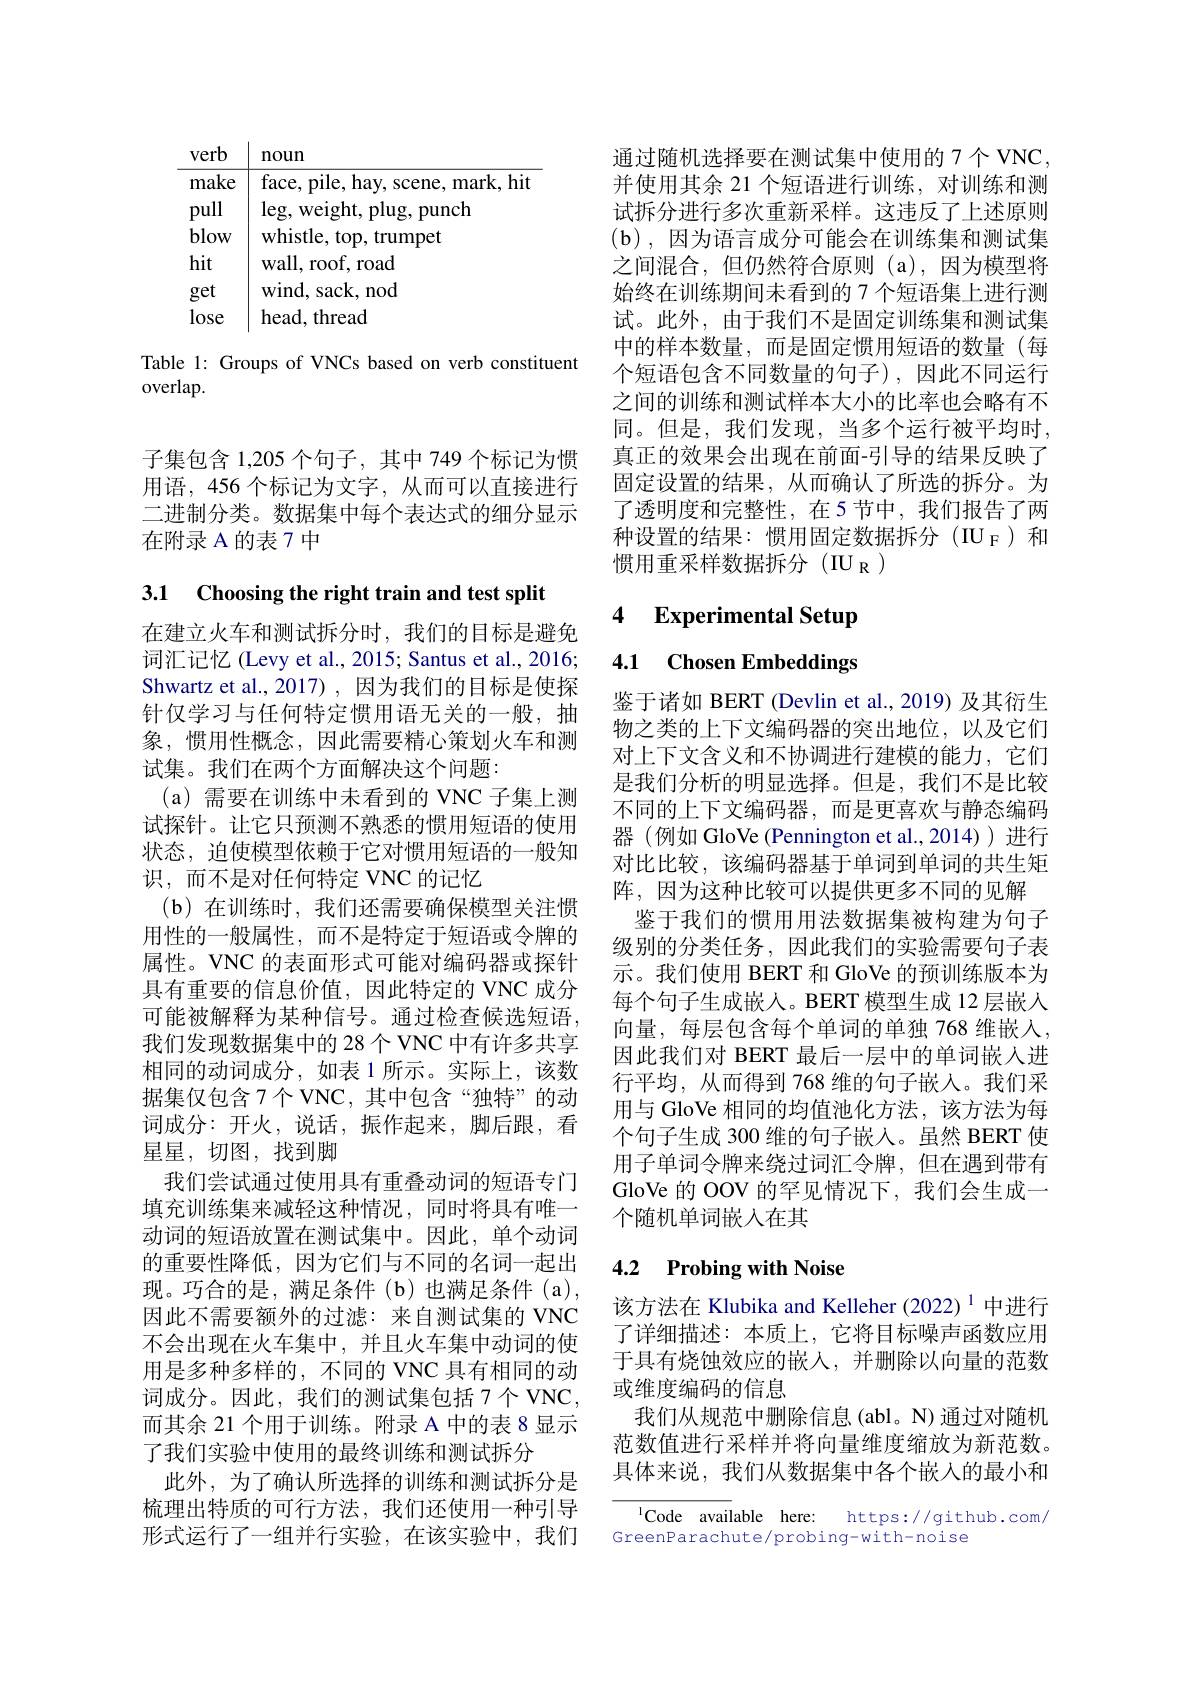
<table>
	<tbody>
		<tr>
			<th>verb</th>
			<th>noun</th>
		</tr>
		<tr>
			<td>make</td>
			<td>face, pile, hay, scene, mark, hit</td>
		</tr>
		<tr>
			<td>pull</td>
			<td>$\log$,weight, plug, punch</td>
		</tr>
		<tr>
			<td>blow</td>
			<td>whistle, top, trumpet</td>
		</tr>
		<tr>
			<td>hit</td>
			<td>wall, roof, road</td>
		</tr>
		<tr>
			<td>get</td>
			<td>${\mathrm{wind,~sack,~nod}}$</td>
		</tr>
		<tr>
			<td>lose</td>
			<td>head, thread</td>
		</tr>
	</tbody>
</table>

Table 1: Groups of VNCs based on verb constituent
overlap.

子集包含 1,205 个句子，其中 749 个标记为惯用语，456 个标记为文字，从而可以直接进行二进制分类。数据集中每个表达式的细分显示在附录 A 的表 7 中

3.1 Choosing the right train and test split

在建立火车和测试拆分时，我们的目标是避免词汇记忆 (Levy et al., 2015; Santus et al., 2016; Shwartz et al.,2017) , 因为我们的目标是使探针仅学习与任何特定惯用语无关的一般，抽象，惯用性概念，因此需要精心策划火车和测试集。我们在两个方面解决这个问题：
(a) 需要在训练中未看到的 VNC 子集上测试探针。让它只预测不熟悉的惯用短语的使用状态，迫使模型依赖于它对惯用短语的一般知识，而不是对任何特定 VNC 的记忆
(b)在训练时，我们还需要确保模型关注惯用性的一般属性，而不是特定于短语或令牌的属性。VNC 的表面形式可能对编码器或探针具有重要的信息价值，因此特定的 VNC 成分可能被解释为某种信号。通过检查候选短语， 我们发现数据集中的 28个 VNC 中有许多共享相同的动词成分，如表1所示。实际上，该数据集仅包含7个VNC，其中包含“独特”的动词成分：开火，说话，振作起来，脚后跟，看星星，切图，找到脚
我们尝试通过使用具有重叠动词的短语专门填充训练集来减轻这种情况，同时将具有唯一动词的短语放置在测试集中。因此，单个动词的重要性降低，因为它们与不同的名词一起出现。巧合的是，满足条件(b)也满足条件(a), 因此不需要额外的过滤：来自测试集的 VNC 不会出现在火车集中，并且火车集中动词的使用是多种多样的，不同的 VNC 具有相同的动词成分。因此，我们的测试集包括 7 个 VNC, 而其余 21 个用于训练。附录 A 中的表 8 显示了我们实验中使用的最终训练和测试拆分
此外，为了确认所选择的训练和测试拆分是梳理出特质的可行方法，我们还使用一种引导形式运行了一组并行实验，在该实验中，我们

通过随机选择要在测试集中使用的 7个 VNC, 并使用其余 21 个短语进行训练，对训练和测试拆分进行多次重新采样。这违反了上述原则(b),因为语言成分可能会在训练集和测试集之间混合，但仍然符合原则(a),因为模型将始终在训练期间未看到的 7 个短语集上进行测试。此外，由于我们不是固定训练集和测试集中的样本数量，而是固定惯用短语的数量(每个短语包含不同数量的句子),因此不同运行之间的训练和测试样本大小的比率也会略有不同。但是，我们发现，当多个运行被平均时， 真正的效果会出现在前面-引导的结果反映了固定设置的结果，从而确认了所选的拆分。为了透明度和完整性，在5节中，我们报告了两种设置的结果：惯用固定数据拆分(IU_F)和惯用重采样数据拆分(IU_R)

### 4 Experimental Setup

4.1 Chosen Embeddings

鉴于诸如 BERT (Devlin et al., 2019) 及其衍生物之类的上下文编码器的突出地位，以及它们对上下文含义和不协调进行建模的能力，它们是我们分析的明显选择。但是，我们不是比较不同的上下文编码器，而是更喜欢与静态编码器(例如 GloVe(Pennington et al.,2014))进行对比比较，该编码器基于单词到单词的共生矩阵，因为这种比较可以提供更多不同的见解
鉴于我们的惯用用法数据集被构建为句子级别的分类任务，因此我们的实验需要句子表示。我们使用 BERT 和 GloVe 的预训练版本为每个句子生成嵌入。BERT 模型生成 12 层嵌人向量，每层包含每个单词的单独 768 维嵌入， 因此我们对 BERT 最后一层中的单词嵌入进行平均，从而得到 768 维的句子嵌人。我们采用与 GloVe 相同的均值池化方法，该方法为每个句子生成 300 维的句子嵌入。虽然 BERT 使用子单词令牌来绕过词汇令牌，但在遇到带有GloVe 的 OOV 的罕见情况下，我们会生成一个随机单词嵌入在其

## 4.2 $\textbf{Probing with Noise}$

该方法在 Klubika and Kelleher (2022) $^{1}$中进行了详细描述：本质上，它将目标噪声函数应用于具有烧蚀效应的嵌入，并删除以向量的范数或维度编码的信息
我们从规范中删除信息(abl。N)通过对随机范数值进行采样并将向量维度缩放为新范数。具体来说，我们从数据集中各个嵌入的最小和

$^{1}$Code available here: https://github.com/
GreenParachute/probing-with-noise